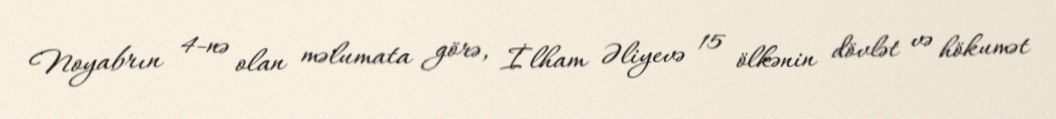
Noyabrın 4-nə olan məlumata görə, İlham Əliyevə 15 ölkənin dövlət və hökumət